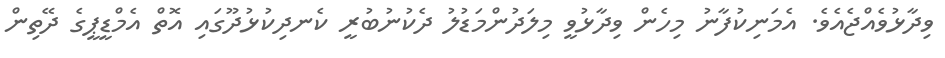
ވިދާޅުވެއްޖެއެވެ. އެމަނިކުފާނު މިހެން ވިދާޅުވީ މިލަދުންމަޑުލު ދެކުނުބުރީ ކެނދިކުޅުދޫގައި އޮތް އެމްޑީޕީގެ ދޭތިން